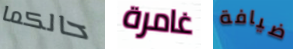
حالكما غامرة ضيافة